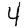
Digit: 4